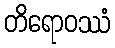
တိရောဝဿံ